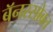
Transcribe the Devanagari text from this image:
बॅनरसोबत